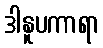
ဒါနူပကာရာ